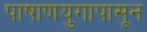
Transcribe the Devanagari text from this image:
पाषाणयुगापासून